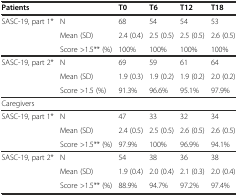
<table><thead><tr><td colspan="2"><b>Patients</b></td><td><b>T0</b></td><td><b>T6</b></td><td><b>T12</b></td><td><b>T18</b></td></tr></thead><tbody><tr><td rowspan="2">SASC-19, part 1*</td><td>N</td><td>68</td><td>54</td><td>54</td><td>53</td></tr><tr><td>Mean (SD)</td><td>2.4 (0.4)</td><td>2.5 (0.5)</td><td>2.5 (0.5)</td><td>2.6 (0.5)</td></tr><tr><td></td><td>Score &gt;1.5** (%)</td><td>100%</td><td>100%</td><td>100%</td><td>100%</td></tr><tr><td rowspan="2">SASC-19, part 2*</td><td>N</td><td>69</td><td>59</td><td>61</td><td>64</td></tr><tr><td>Mean (SD)</td><td>1.9 (0.3)</td><td>1.9 (0.2)</td><td>1.9 (0.2)</td><td>2.0 (0.2)</td></tr><tr><td></td><td>Score &gt;1.5 (%)</td><td>91.3%</td><td>96.6%</td><td>95.1%</td><td>97.9%</td></tr><tr><td colspan="6">Caregivers</td></tr><tr><td rowspan="2">SASC-19, part 1*</td><td>N</td><td>47</td><td>33</td><td>32</td><td>34</td></tr><tr><td>Mean (SD)</td><td>2.4 (0.5)</td><td>2.5 (0.5)</td><td>2.6 (0.5)</td><td>2.6 (0.5)</td></tr><tr><td></td><td>Score &gt;1.5** (%)</td><td>97.9%</td><td>100%</td><td>96.9%</td><td>94.1%</td></tr><tr><td rowspan="2">SASC-19, part 2*</td><td>N</td><td>54</td><td>38</td><td>36</td><td>38</td></tr><tr><td>Mean (SD)</td><td>1.9 (0.4)</td><td>2.0 (0.4)</td><td>2.1 (0.3)</td><td>2.0 (0.4)</td></tr><tr><td></td><td>Score &gt;1.5** (%)</td><td>88.9%</td><td>94.7%</td><td>97.2%</td><td>97.4%</td></tr></tbody></table>